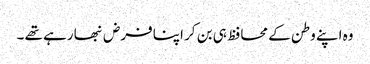
وہ اپنے وطن کے محافظ ہی بن کر اپنا فرض نبھا رہے تھے ۔